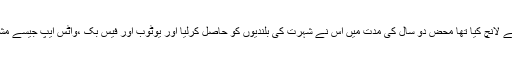
اس ایپ کو۲۰۱۶ء میں چین نے لانچ کیا تھا محض دو سال کی مدت میں اس نے شہرت کی بلندیوں کو حاصل کرلیا اور یوٹوب اور فیس بک ،واٹس ایپ جیسے مشہورایپ کو پیچھے چھوڑ دیا۔